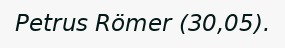
Petrus Römer (30,05).